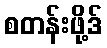
စတန်းဖို့ဒ်